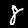
Digit: 8